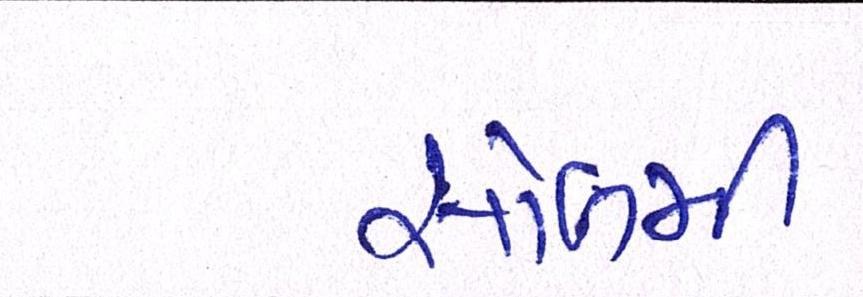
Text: સોળમી